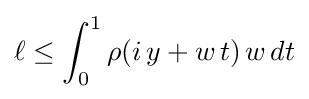
\ell \leq \int _{0}^{1}\rho (i\,y+w\,t)\,w\,dt